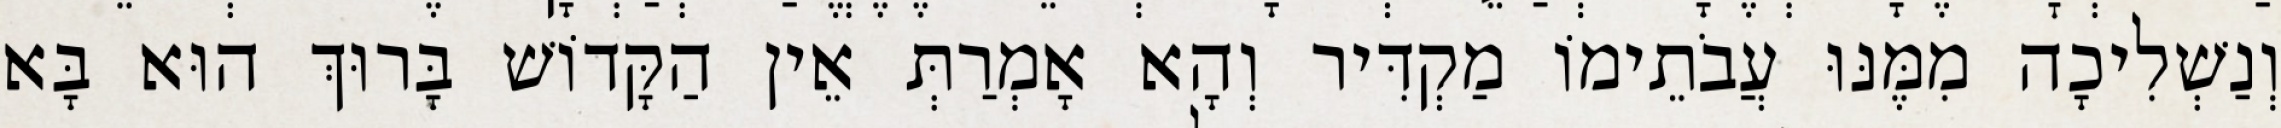
וְנַשְׁלִיכָה מִמֶּנּוּ עֲבֹתֵימוֹ מַקְדִּיר וְהָא אָמְרַתְּ אֵין הַקָּדוֹשׁ בָּרוּךְ הוּא בָּא